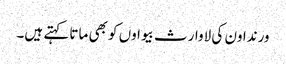
ورنداون کی لاوارث بیواوں کو بھی ماتا کہتے ہیں۔